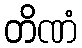
တိဏံ